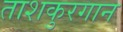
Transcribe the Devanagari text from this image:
ताशकुरगान